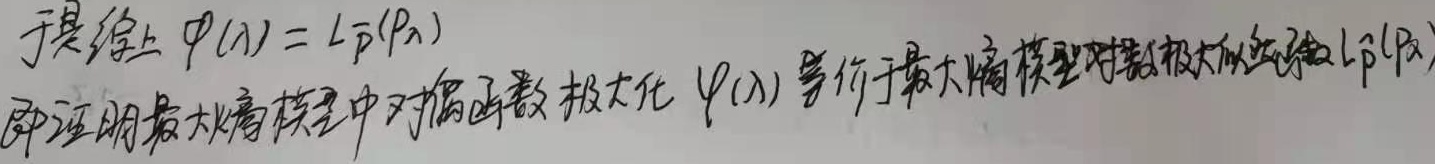
于是综上，\(\varphi(\lambda)= L_{\overline{P}}(P_{\lambda})\)，即证明最大熵模型中对熵函数极大化 \(\varphi(\lambda)\) 等价于最大熵模型对数极大似然函数 \(L_{\overline{P}}(P_{\lambda})\)